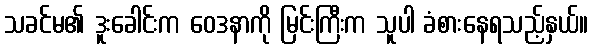
သခင်မ၏ ဒူးခေါင်းက ဝေဒနာကို မြင်းကြီးက သူပါ ခံစားနေရသည့်နှယ်။